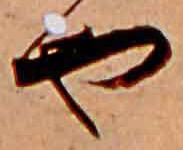
や